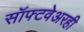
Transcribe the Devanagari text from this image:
सॉफ्टवेअरही